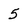
Character: 5